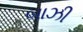
બાઝી